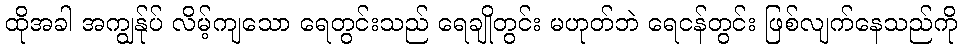
ထိုအခါ အကျွန်ုပ် လိမ့်ကျသော ရေတွင်းသည် ရေချိုတွင်း မဟုတ်ဘဲ ရေငန်တွင်း ဖြစ်လျက်နေသည်ကို